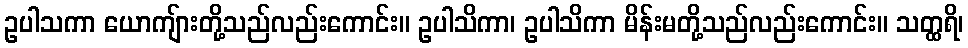
ဥပါသကာ ယောကျ်ားတို့သည်လည်းကောင်း။ ဥပါသိကာ၊ ဥပါသိကာ မိန်းမတို့သည်လည်းကောင်း။ သတ္ထရိ၊